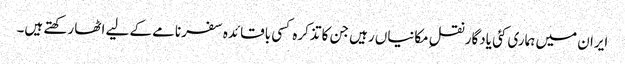
ایران میں ہماری کئی یادگار نقلِ مکانیاں رہیں جن کا تذکرہ کسی باقائدہ سفرنامے کے لیے اٹھا رکھتے ہیں۔